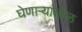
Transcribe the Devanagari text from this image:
घेणार्‍यांतील